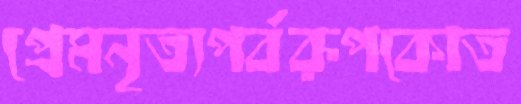
প্রেমনৃত্যপর্বরূপকোত